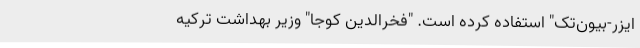
ایزر-بیون‌تک" استفاده کرده است. "فخر‌الدین کوجا" وزیر بهداشت ترکیه